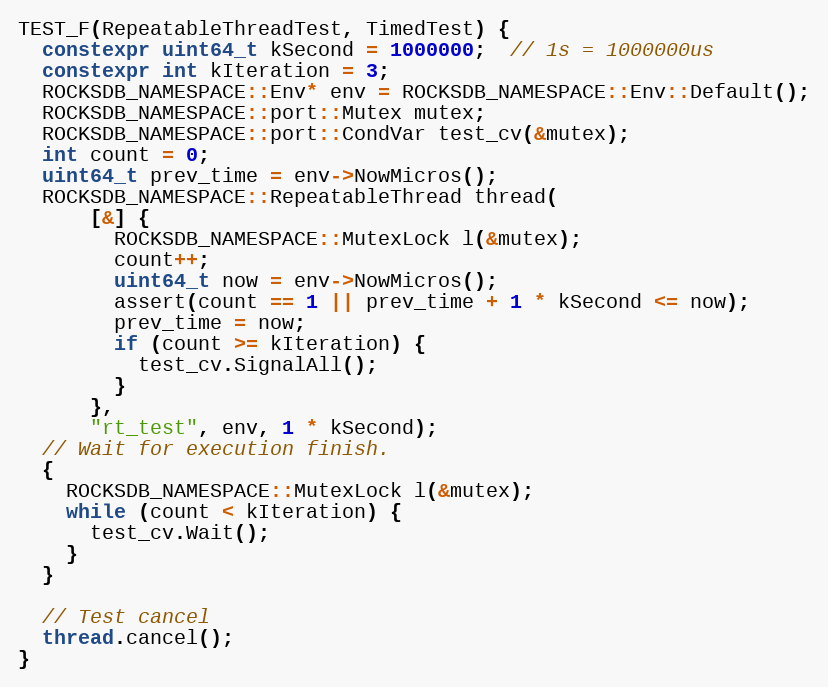
Language: C++
TEST_F(RepeatableThreadTest, TimedTest) {
  constexpr uint64_t kSecond = 1000000;  // 1s = 1000000us
  constexpr int kIteration = 3;
  ROCKSDB_NAMESPACE::Env* env = ROCKSDB_NAMESPACE::Env::Default();
  ROCKSDB_NAMESPACE::port::Mutex mutex;
  ROCKSDB_NAMESPACE::port::CondVar test_cv(&mutex);
  int count = 0;
  uint64_t prev_time = env->NowMicros();
  ROCKSDB_NAMESPACE::RepeatableThread thread(
      [&] {
        ROCKSDB_NAMESPACE::MutexLock l(&mutex);
        count++;
        uint64_t now = env->NowMicros();
        assert(count == 1 || prev_time + 1 * kSecond <= now);
        prev_time = now;
        if (count >= kIteration) {
          test_cv.SignalAll();
        }
      },
      "rt_test", env, 1 * kSecond);
  // Wait for execution finish.
  {
    ROCKSDB_NAMESPACE::MutexLock l(&mutex);
    while (count < kIteration) {
      test_cv.Wait();
    }
  }

  // Test cancel
  thread.cancel();
}